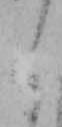
く